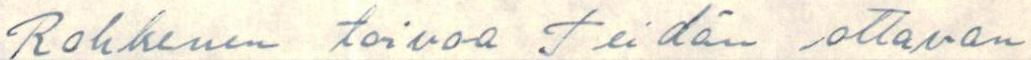
Rohkenen toivoa Teidän ottavan